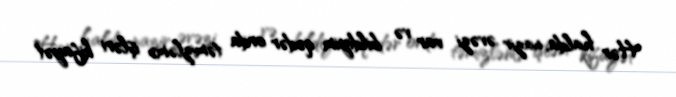
Hər halda, nazir əvəzi var və bildiyim qədər orda təmizləmə işləri kifayət